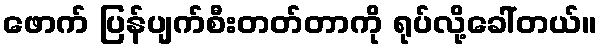
ဖောက် ပြန်ပျက်စီးတတ်တာကို ရုပ်လို့ခေါ်တယ်။